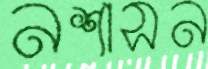
নশাসন